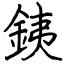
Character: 銕